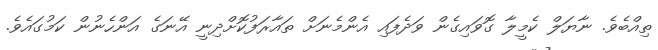
ތިއްބެވެ. ނާޔަލް ކެމީލާ ގޮވައިގެން ވަދެފައި އެންމެނަށް ތައާރަފުކޮށްދިނީ އޭނަގެ އަންހެނުން ކަމުގައެވެ.